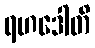
ရဟဒေါတိ